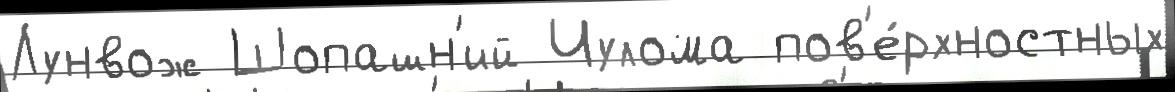
Лунвож Шопашн'ий Чулома пов'е́рхностных